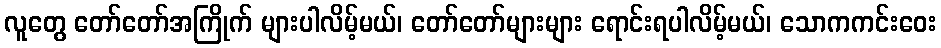
လူတွေ တော်တော်အကြိုက် များပါလိမ့်မယ်၊ တော်တော်များများ ရောင်းရပါလိမ့်မယ်၊ သောကကင်းဝေး